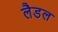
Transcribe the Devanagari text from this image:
लैडल